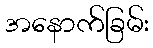
အနောက်ခြမ်း